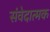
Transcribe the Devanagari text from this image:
संवेदात्मक